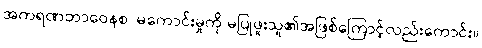
အကရဏဘာဝေနစ၊ မကောင်းမှုကို မပြုဖူးသူ၏အဖြစ်ကြောင့်လည်းကောင်း။